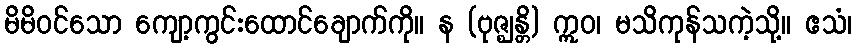
မိမိဝင်သော ကျော့ကွင်းထောင်ချောက်ကို။ န (ဗုဇ္ဈန္တိ) ဣဝ၊ မသိကုန်သကဲ့သို့။ ဧသံ၊